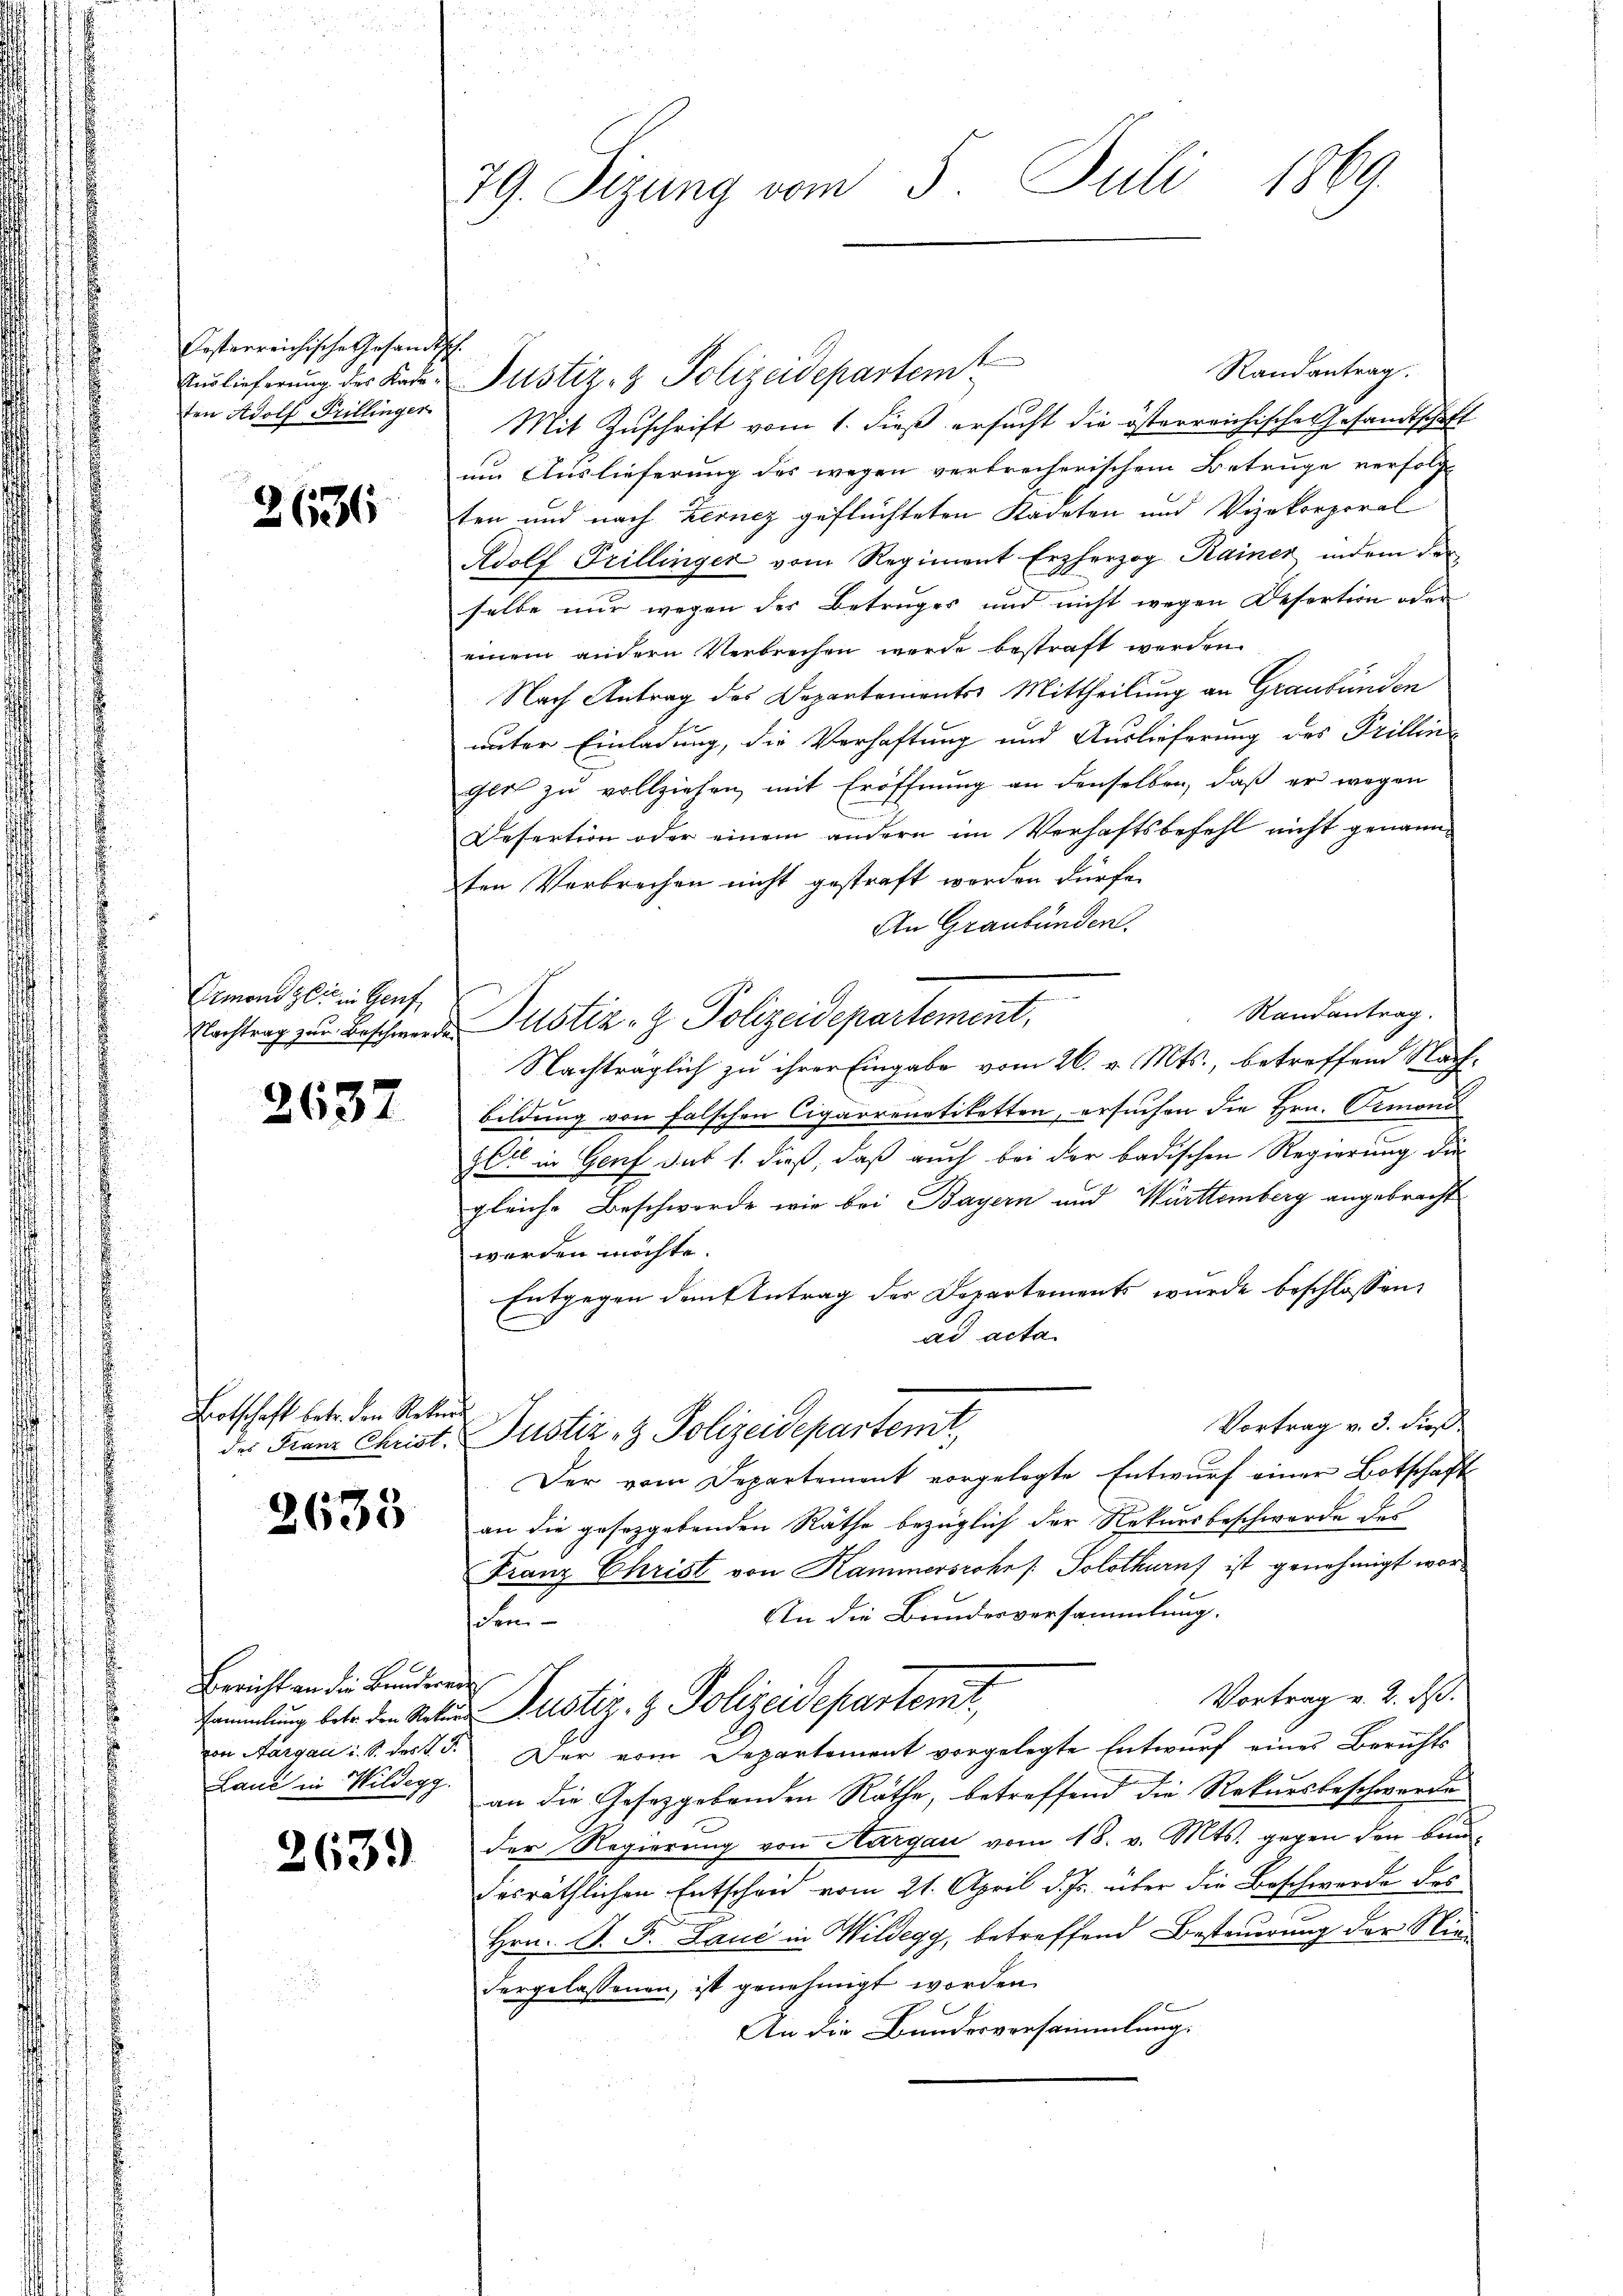
Oesterreichische Gesandt.
Auslieferung des Kadeten Adolf Pillinger

2636

Ormond zeit in Genf

2637

Botschaft betr. den Rekur¬

2635

0
Berichten die Bunderen
Lauć in Wildegg.

263.

29. Sizung vom 5. Juli 1869.

h
Randantrag.
Justiz- & Polizeidepartemt
Mit Zuschrift vom 1. dieß ersucht die österreichische Gesandtschaft
um Auslieferung des wegen verbrecherischem Betruge verfolgt
sten und nach Zerncz geflüchteten Kadeten und Vizekorporal
Adolf Grillinger vom Regiment Erzherzog Rainer indem der
selbe nur wegen des Betruges und nicht wegen Desertion oder
einem andern Verbrechen werde bestraft werden.
Nach Antrag des Departements Mittheilung an Graubünden
unter Einladung, die Verhaftung und Auslieferung des Prillinger zu vollziehen, mit Eröffnung an denselben, daß er wegen
Desertion oder einem andern im Verhaftsbefehl nicht genannten Verbrechen nicht gestraft werden dürfe.
An Graubünden.
Randantrag.
Nachtrag zu Beschwerden Justiz- & Polizeidepartement,
Nachträglich zu ihrer Eingabe vom 26. v. Mts., betreffend Nach-
bildung von falschen Cigarrenatiketten, ersuchen die Hrn. Ormond
zet in Genf sub 1. dieß, daß auch bei der badischen Regierung die
gleiche Beschwerde wie bei Bayern und Württemberg angebracht
werden möchte.
Entgegen dem Antrag der Departements wurde beschlossen,
ad acta
Vortrag v. 3. dieß
des Franz Christ. Justiz- & Polizeidepartemt
Der vom Departement vorgelegte Entwurf einer Botschaft
an die gesetzgebenden Räthe bezüglich der Rekursbeschwerde des
Franz Christ von Kammersrohe / Solothurn ist genehmigt wor¬
An die Bunderversammlung.
schen
Vortrag v. 2. d.
sammlung betr. den Raten Justiz- & Polizeideparterit,
von Aargau i. S. des §. 5. Der vom Departement vorgelegte Entwurf eines Berichts
an die Gesetzgebenden Räthe, betreffend die Rekursbeschwerde
der Regierung von Aargau vom 18. v. Mts. gegen den bun-
decräthlichen Entscheid vom 21. April d. Js. über die Beschwerde des
Hrn. P. F. Lauć in Wildegg, betreffend Besteuerung der Niedergelassenen, ist genehmigt worden.
An die Bundesversammlung.